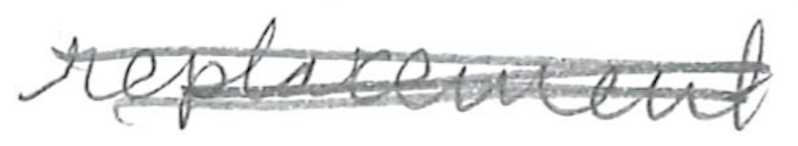
Text: replacement
Cross-out: scratch
Writing tool: pencil